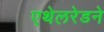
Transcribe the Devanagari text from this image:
एथेलरेडने